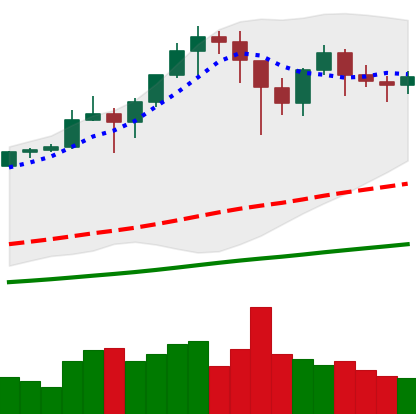
Ticker: BTC-USD
Chart end date: 2021-01-18
Forward return: -12.455%
Label: down_7plus